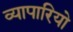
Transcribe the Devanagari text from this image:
व्यापारियो